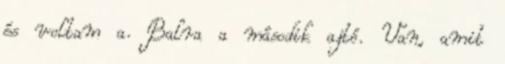
és voltam a. Balra a második ajtó. Van, amit